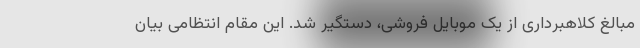
مبالغ کلاهبرداری از یک موبایل فروشی، دستگیر شد. این مقام انتظامی بیان